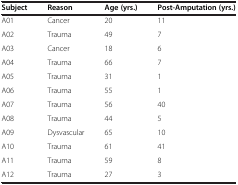
<table><thead><tr><td><b>Subject</b></td><td><b>Reason</b></td><td><b>Age (yrs.)</b></td><td><b>Post-Amputation (yrs.)</b></td></tr></thead><tbody><tr><td>A01</td><td>Cancer</td><td>20</td><td>11</td></tr><tr><td>A02</td><td>Trauma</td><td>49</td><td>7</td></tr><tr><td>A03</td><td>Cancer</td><td>18</td><td>6</td></tr><tr><td>A04</td><td>Trauma</td><td>66</td><td>7</td></tr><tr><td>A05</td><td>Trauma</td><td>31</td><td>1</td></tr><tr><td>A06</td><td>Trauma</td><td>55</td><td>1</td></tr><tr><td>A07</td><td>Trauma</td><td>56</td><td>40</td></tr><tr><td>A08</td><td>Trauma</td><td>44</td><td>5</td></tr><tr><td>A09</td><td>Dysvascular</td><td>65</td><td>10</td></tr><tr><td>A10</td><td>Trauma</td><td>61</td><td>41</td></tr><tr><td>A11</td><td>Trauma</td><td>59</td><td>8</td></tr><tr><td>A12</td><td>Trauma</td><td>27</td><td>3</td></tr></tbody></table>